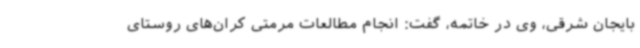
بایجان شرقی، وی در خاتمه، گفت: انجام مطالعات مرمتی کران‌های روستای